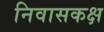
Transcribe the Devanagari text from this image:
निवासकक्ष